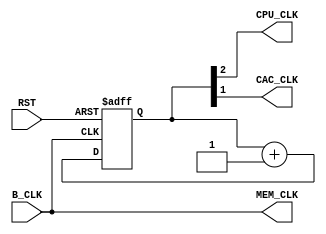
`timescale 1ns / 1ps
//////////////////////////////////////////////////////////////////////////////////
// Company:
// Engineer:
//
// Design Name:
// Module Name:    IM
// Project Name:
// Target Devices:
// Tool versions:
// Description:
//
// Dependencies:
//
// Revision:
// Revision 0.01 - File Created
// Additional Comments:
//
//////////////////////////////////////////////////////////////////////////////////

module CLK (
    input wire RST,
    input wire B_CLK,
    output reg CPU_CLK,
    output reg MEM_CLK,
	output reg CAC_CLK
    );

reg [2:0] CLK_DIV;

always @ (posedge B_CLK or posedge RST) begin
    if (RST) begin
        CLK_DIV <= 0;
    end
    else begin
        CLK_DIV <= CLK_DIV + 1;
    end
end

always @ (*) begin
    MEM_CLK <= B_CLK;
	CAC_CLK <= CLK_DIV[1];
    CPU_CLK <= CLK_DIV[2];
end

endmodule